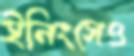
ইনিংসেও